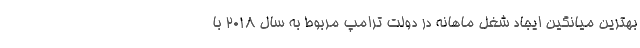
بهترین میانگین ایجاد شغل ماهانه در دولت ترامپ مربوط به سال 2018 با